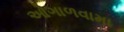
ઓગાળવામા